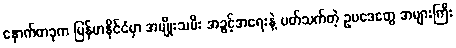
နောက်တခုက မြန်မာနိုင်ငံမှာ အမျိုးသမီး အခွင့်အရေးနဲ့ ပတ်သက်တဲ့ ဥပဒေတွေ အများကြီး